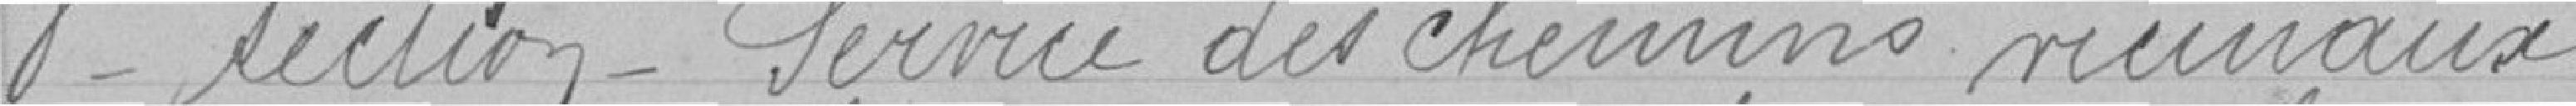
8º lection- Service des chemins meinaux